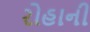
રોહાની